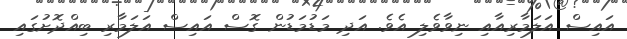
އައިސް އަލަމާރިއާއި ނިވާވެލި އެވެ. އަދި މަޑުމަޑުން ގޮސް އައިސް އަލަމާރި ބިއްދޮށުގައި